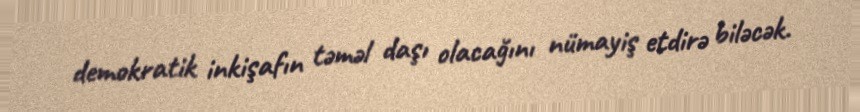
demokratik inkişafın təməl daşı olacağını nümayiş etdirə biləcək.